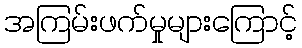
အကြမ်းဖက်မှုများကြောင့်